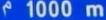
1000 m